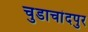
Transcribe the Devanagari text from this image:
चुडाचांदपुर